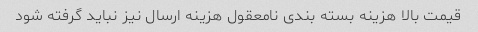
قیمت بالا هزینه بسته بندی نامعقول هزینه ارسال نیز نباید گرفته شود